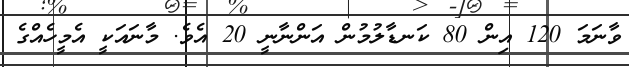
ވާނަމަ 120 އިން 80 ކަނޑާލުމުން އަންނާނީ 20 އެވެ. މާނައަކީ އެމީހެއްގެ